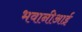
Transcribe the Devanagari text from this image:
भवानीआई